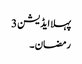
پہلا ایڈیشن 3
رمضان ۔